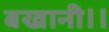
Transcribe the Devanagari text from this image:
बखानी।।